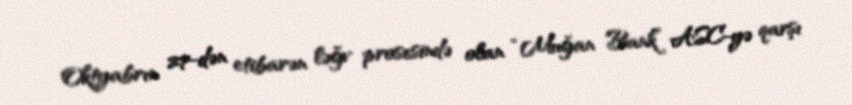
Oktyabrın 27-dən etibarən ləğv prosesində olan “Muğan Bank” ASC-yə qarşı